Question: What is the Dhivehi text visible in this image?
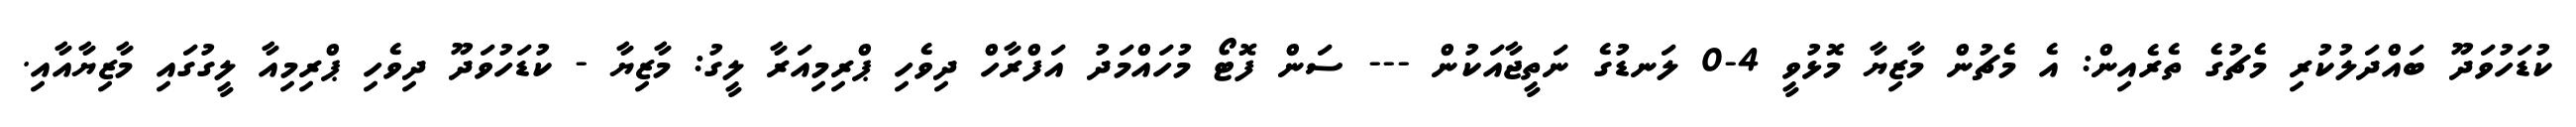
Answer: ކުޑަހުވަދޫ ބައްދަލުކުރި މެޗުގެ ތެރެއިން: އެ މެޗުން މާޒިޔާ މޮޅުވީ 4-0 ލަނޑުގެ ނަތީޖާއަކުން --- ސަން ފޮޓޯ މުހައްމަދު އަފްރާހް ދިވެހި ޕްރިމިއަރާ ލީގު: މާޒިޔާ - ކުޑަހުވަދޫ ދިވެހި ޕްރިމިއާ ލީގުގައި މާޒިޔާއާއި.